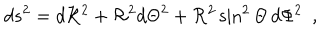
d s ^ { 2 } = d { { \cal R } } ^ { 2 } + { { \cal R } } ^ { 2 } d { \Theta } ^ { 2 } + { { \cal R } } ^ { 2 } \sin ^ { 2 } \Theta \, d \Phi ^ { 2 } \ \ ,